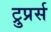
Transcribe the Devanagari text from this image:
ट्रुप्रर्स